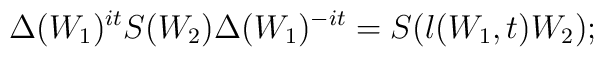
\Delta(W_1)^{it}S(W_2)\Delta(W_1)^{-it}=S(\l(W_1,t)W_2);